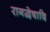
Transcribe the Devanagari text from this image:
रागद्वेषादि